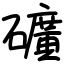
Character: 礦